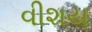
વીશય